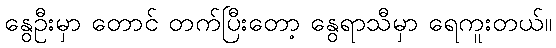
နွေဦးမှာ တောင် တက်ပြီးတော့ နွေရာသီမှာ ရေကူးတယ်။